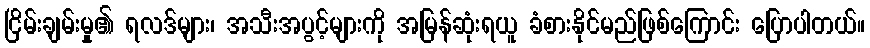
ငြိမ်းချမ်းမှု၏ ရလဒ်များ၊ အသီးအပွင့်များကို အမြန်ဆုံးရယူ ခံစားနိုင်မည်ဖြစ်ကြောင်း ပြောပါတယ်။